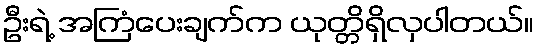
ဦးရဲ့ အကြံပေးချက်က ယုတ္တိရှိလှပါတယ်။